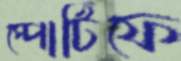
স্পোর্টিফে